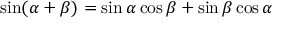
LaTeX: \sin ( \alpha + \beta ) = \sin \alpha \cos \beta + \sin \beta \cos \alpha